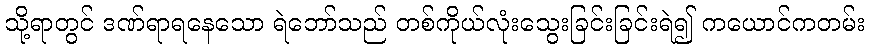
သို့ရာတွင် ဒဏ်ရာရနေသော ရဲဘော်သည် တစ်ကိုယ်လုံးသွေးခြင်းခြင်းရဲ၍ ကယောင်ကတမ်း